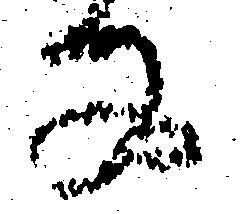
な